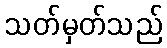
သတ်မှတ်သည်